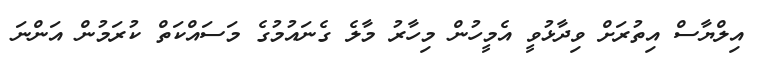
އިލްޔާސް އިތުރަށް ވިދާޅުވީ އެމީހުން މިހާރު މާލެ ގެނައުމުގެ މަސައްކަތް ކުރަމުން އަންނަ